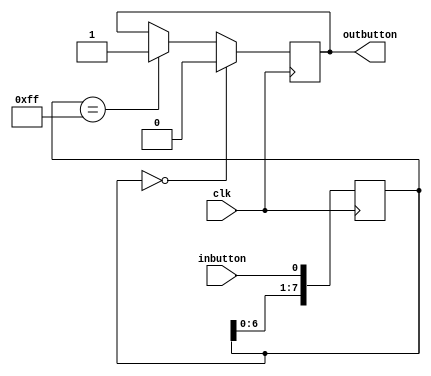
module debounce (inbutton,clk,outbutton);

input wire clk, inbutton;
output reg outbutton;

reg [7:0] register;

//reg: wait for stable
always @ (posedge clk) 
begin
register[7:0] <= {register[6:0],inbutton}; //shift register
	if(register[7:0] == 8'b00000000)
		outbutton <= 1'b0;
	else if(register[7:0] == 8'b11111111)
		outbutton <= 1'b1;
	else outbutton <= outbutton;
	end
endmodule

/*module debounce (reset, clk, inbutton, outbutton);
   input reset, clk, inbutton;
   output outbutton;

   parameter NDELAY = 650000;
   parameter NBITS = 20;

   reg [NBITS-1:0] count;
   reg xnew, outbutton;

   always @(posedge clk)
     if (reset) begin xnew <= inbutton; outbutton <= inbutton; count <= 0; end
     else if (inbutton != xnew) begin xnew <= inbutton; count <= 0; end
     else if (count == NDELAY) outbutton <= xnew;
     else count <= count+1;

endmodule
*/